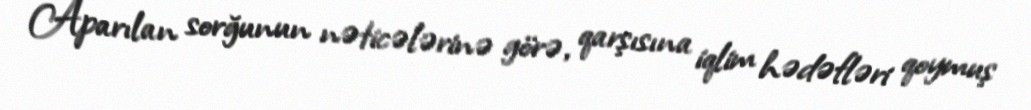
Aparılan sorğunun nəticələrinə görə, qarşısına iqlim hədəfləri qoymuş